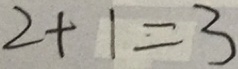
2 + 1 = 3